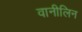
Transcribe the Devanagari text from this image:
वानीलिन